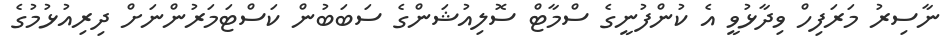
ނާސިރު މަރަފިހް ވިދާޅުވީ އެ ކުންފުނީގެ ސްމާޓް ސޮލިއުޝަންގެ ސަބަބުން ކަސްޓަމަރުންނަށް ދިރިއުޅުމުގެ